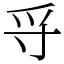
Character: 寽